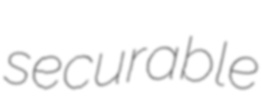
securable